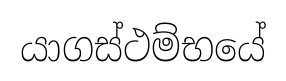
යාගස්ථම්භයේ